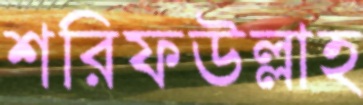
শরিফউল্লাহ